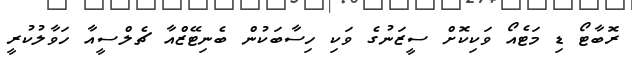
ރޮބާޓޯ ޑި މަޓެއޯ ވަކިކޮށް ސީޒަނުގެ ވަކި ހިސާބަކުން ބެނިޓޭޒްއާ ޗެލްސީއާ ހަވާލުކުރީ